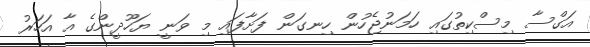
އަގްސާ މިސްކިތުގައި ހަމަނުޖެހުން ހިނގަން ފަށާފައި މި ވަނީ ޔަހޫދީންގެ އާ އަހަރު